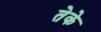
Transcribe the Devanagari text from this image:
तेके